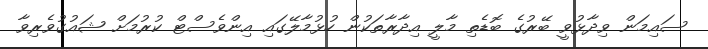
ސައިމަން ވިދާޅުވީ ބޭރުގެ ބޮޑެތި މާލީ އިދާރާތަކުން ހުޅުމާލޭގައި އިންވެސްޓް ކުރުމަށް ޝައުގުވެރިވާ